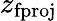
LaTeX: z_{\mathrm{fproj}}